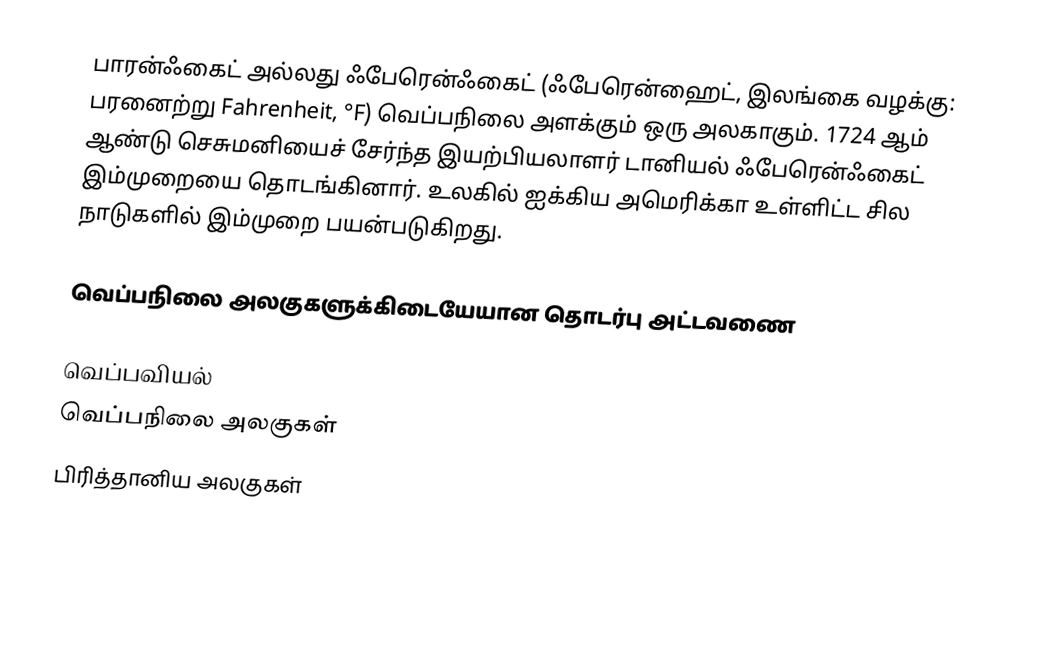
பாரன்ஃகைட் அல்லது ஃபேரென்ஃகைட் (ஃபேரென்ஹைட், இலங்கை வழக்கு: பரனைற்று Fahrenheit, °F) வெப்பநிலை அளக்கும் ஒரு அலகாகும். 1724 ஆம் ஆண்டு செசுமனியைச் சேர்ந்த இயற்பியலாளர் டானியல் ஃபேரென்ஃகைட் இம்முறையை தொடங்கினார். உலகில் ஐக்கிய அமெரிக்கா உள்ளிட்ட சில நாடுகளில் இம்முறை பயன்படுகிறது.

வெப்பநிலை அலகுகளுக்கிடையேயான தொடர்பு அட்டவணை

வெப்பவியல்
வெப்பநிலை அலகுகள்
பிரித்தானிய அலகுகள்